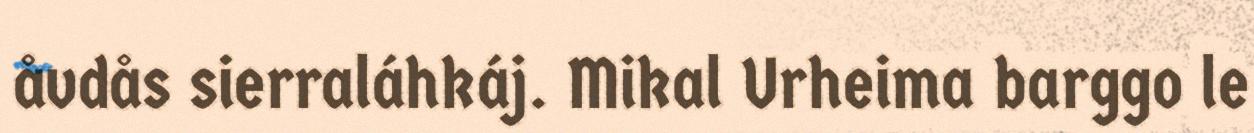
åvdås sierraláhkáj. Mikal Urheima barggo le